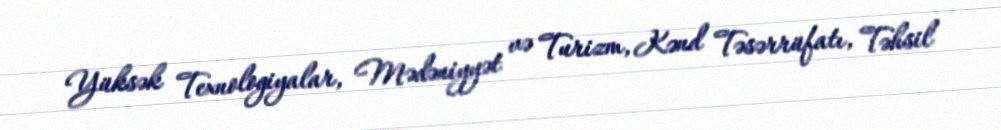
Yüksək Texnologiyalar, Mədəniyyət və Turizm, Kənd Təsərrüfatı, Təhsil